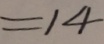
= 1 4